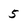
Character: 5